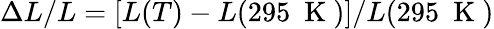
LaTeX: \Delta L/L=\left[L(T)-L(295~\mathrm{~K~})\right]/L(295~\mathrm{~K~})